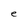
Character: e